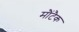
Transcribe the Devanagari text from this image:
मौंटैक